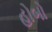
હોબો